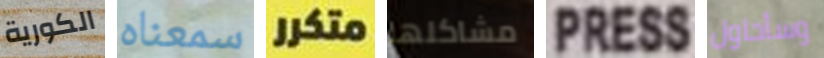
الكورية سمعناه متكرر مشاكلها PRESS وسأحاول